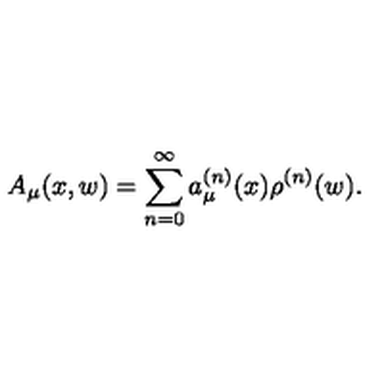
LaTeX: A _ { \mu } ( x , w ) = \sum _ { n = 0 } ^ { \infty } a _ { \mu } ^ { ( n ) } ( x ) \rho ^ { ( n ) } ( w ) .